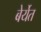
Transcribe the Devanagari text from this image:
बेर्येत